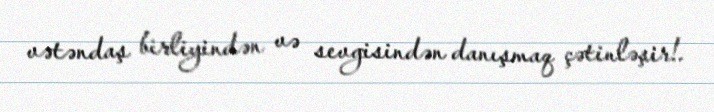
vətəndaş birliyindən və sevgisindən danışmaq çətinləşir!.